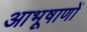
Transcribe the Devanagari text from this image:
आभूषाणों